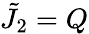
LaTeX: {\tilde{J}}_{2}=Q